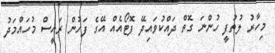
މިހާރު ލުތުފީ ހުންނަ ގޮތް ދައްކުވައިދޭ ފޮޓޯއެއް އޭގެ ފަހުން ރައީސް މުހައްމަދު